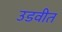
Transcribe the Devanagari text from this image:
उडवीत